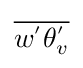
{\overline {w^{'}\theta _{v}^{'}}}